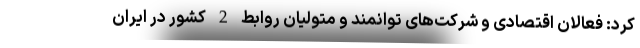
کرد: فعالان اقتصادی و شرکت‌های توانمند و متولیان روابط 2 کشور در ایران